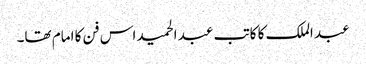
عبد الملک کا کاتب عبد الحمید اس فن کا امام تھا۔